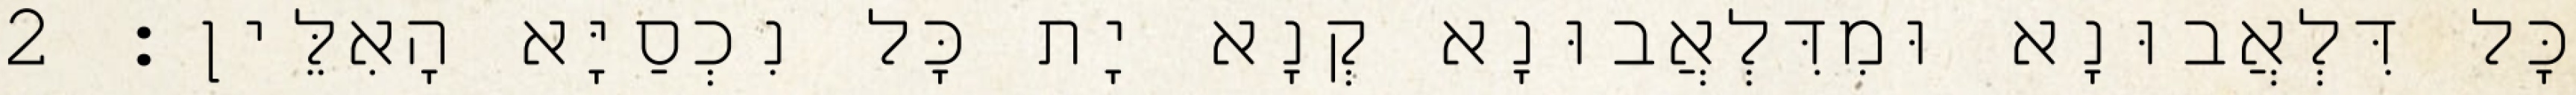
כָּל דִּלְאֲבוּנָא וּמִדִּלְאֲבוּנָא קְנָא יָת כָּל נִכְסַיָּא הָאִלֵּין׃ 2